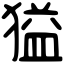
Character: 獈